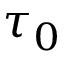
\tau _ { 0 }